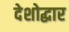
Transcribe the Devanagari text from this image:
देशोद्धार